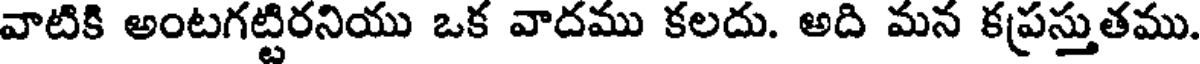
వాటికి అంటగట్టిరనియు ఒక వాదము కలదు. అది మన కప్రస్తుతము.